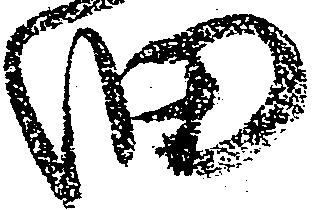
細